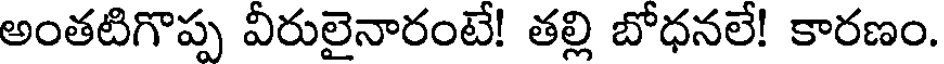
అంతటిగొప్ప వీరులైనారంటే! తల్లి బోధనలే! కారణం.